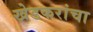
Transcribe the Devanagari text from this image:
खेडकरांचा